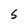
Character: S